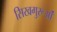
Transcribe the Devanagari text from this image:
सिखगुरूओं